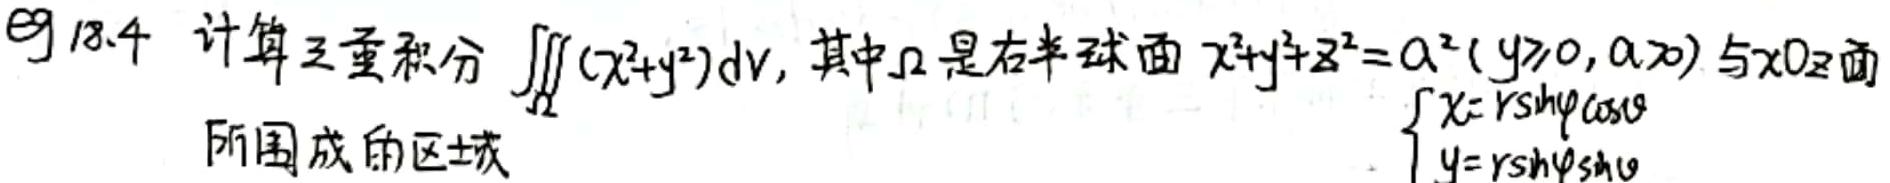
例 18.4 计算三重积分 $\underset{\varOmega}{\iiint}(x^{2}+y^{2})dv$, 其中 $\varOmega$ 是右半球面 $x^{2}+y^{2}+z^{2}=a^{2}(y\geqslant0,a > 0)$ 与 $xOz$ 面所围成的区域
$\left\{\begin{array}{l}x = r\sin\varphi\cos\theta\\y = r\sin\varphi\sin\theta\end{array}\right.$